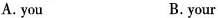
A.you B. your